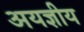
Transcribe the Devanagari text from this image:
अयज्ञीय